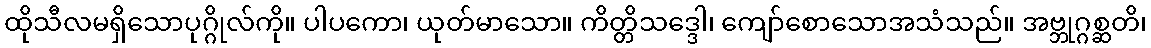
ထိုသီလမရှိသောပုဂ္ဂိုလ်ကို။ ပါပကော၊ ယုတ်မာသော။ ကိတ္တိသဒ္ဒေါ၊ ကျော်စောသောအသံသည်။ အဗ္ဘုဂ္ဂစ္ဆတိ၊